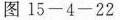
图 15-4-22